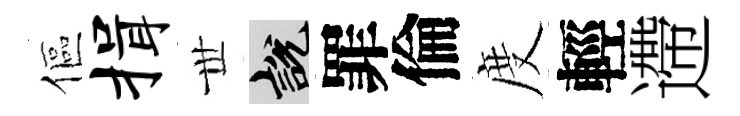
傴揖𠀍説罪倫度輕遰